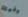
رفيقة